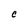
Character: C